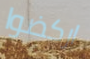
اركضوا